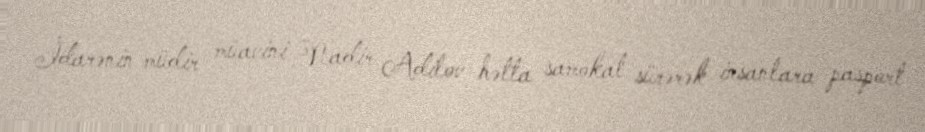
İdarənin müdir müavini Nadir Adilov hətta samokat sürərək insanlara pasport